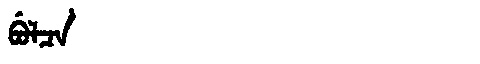
Manchu: ᠪᡠᠯᠴᠠ
Romanization: BULCA